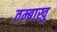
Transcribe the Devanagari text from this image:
तम्बाखु